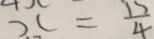
x = \frac { 1 5 } { 4 }